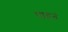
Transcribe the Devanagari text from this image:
पाहतं